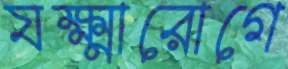
যক্ষ্মারোগে